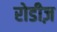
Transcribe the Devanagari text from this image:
रोडीज़